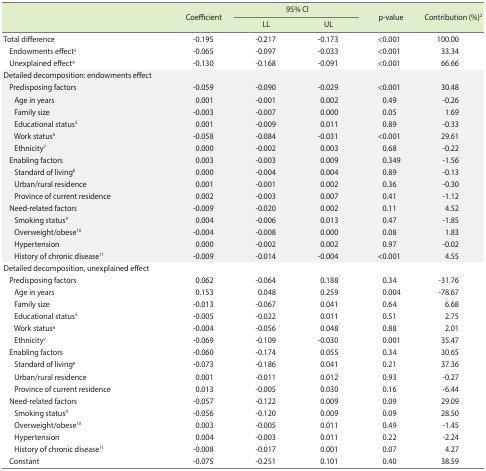
<table><thead><tr><td rowspan="2"></td><td rowspan="2"><b>Coefficient</b></td><td colspan="2"><b>95% CI</b></td><td rowspan="2"><b>p-value</b></td><td rowspan="2"><b>Contribution (%)<sup>2</sup></b></td></tr><tr><td><b>LL</b></td><td><b>UL</b></td></tr></thead><tbody><tr><td>Total difference</td><td>-0.195</td><td>-0.217</td><td>-0.173</td><td>&lt;0.001</td><td>100.00</td></tr><tr><td> Endowments effect<sup>3</sup></td><td>-0.065</td><td>-0.097</td><td>-0.033</td><td>&lt;0.001</td><td>33.34</td></tr><tr><td> Unexplained effect<sup>4</sup></td><td>-0.130</td><td>-0.168</td><td>-0.091</td><td>&lt;0.001</td><td>66.66</td></tr><tr><td>Detailed decomposition: endowments effect</td><td></td><td></td><td></td><td></td><td></td></tr><tr><td> Predisposing factors</td><td>-0.059</td><td>-0.090</td><td>-0.029</td><td>&lt;0.001</td><td>30.48</td></tr><tr><td>Age in years</td><td>0.001</td><td>-0.001</td><td>0.002</td><td>0.49</td><td>-0.26</td></tr><tr><td>Family size</td><td>-0.003</td><td>-0.007</td><td>0.000</td><td>0.05</td><td>1.69</td></tr><tr><td>Educational status<sup>5</sup></td><td>0.001</td><td>-0.009</td><td>0.011</td><td>0.89</td><td>-0.33</td></tr><tr><td>Work status<sup>6</sup></td><td>-0.058</td><td>-0.084</td><td>-0.031</td><td>&lt;0.001</td><td>29.61</td></tr><tr><td>Ethnicity<sup>7</sup></td><td>0.000</td><td>-0.002</td><td>0.003</td><td>0.68</td><td>-0.22</td></tr><tr><td> Enabling factors</td><td>0.003</td><td>-0.003</td><td>0.009</td><td>0.349</td><td>-1.56</td></tr><tr><td>Standard of living<sup>8</sup></td><td>0.000</td><td>-0.004</td><td>0.004</td><td>0.89</td><td>-0.13</td></tr><tr><td>Urban/rural residence</td><td>0.001</td><td>-0.001</td><td>0.002</td><td>0.36</td><td>-0.30</td></tr><tr><td>Province of current residence</td><td>0.002</td><td>-0.003</td><td>0.007</td><td>0.41</td><td>-1.12</td></tr><tr><td> Need-related factors</td><td>-0.009</td><td>-0.020</td><td>0.002</td><td>0.11</td><td>4.52</td></tr><tr><td>Smoking status<sup>9</sup></td><td>0.004</td><td>-0.006</td><td>0.013</td><td>0.47</td><td>-1.85</td></tr><tr><td>Overweight/obese<sup>10</sup></td><td>-0.004</td><td>-0.008</td><td>0.000</td><td>0.08</td><td>1.83</td></tr><tr><td>Hypertension</td><td>0.000</td><td>-0.002</td><td>0.002</td><td>0.97</td><td>-0.02</td></tr><tr><td>History of chronic disease<sup>11</sup></td><td>-0.009</td><td>-0.014</td><td>-0.004</td><td>&lt;0.001</td><td>4.55</td></tr><tr><td>Detailed decomposition, unexplained effect</td><td></td><td></td><td></td><td></td><td></td></tr><tr><td> Predisposing factors</td><td>0.062</td><td>-0.064</td><td>0.188</td><td>0.34</td><td>-31.76</td></tr><tr><td>Age in years</td><td>0.153</td><td>0.048</td><td>0.259</td><td>0.004</td><td>-78.67</td></tr><tr><td>Family size</td><td>-0.013</td><td>-0.067</td><td>0.041</td><td>0.64</td><td>6.68</td></tr><tr><td>Educational status<sup>5</sup></td><td>-0.005</td><td>-0.022</td><td>0.011</td><td>0.51</td><td>2.75</td></tr><tr><td>Work status<sup>6</sup></td><td>-0.004</td><td>-0.056</td><td>0.048</td><td>0.88</td><td>2.01</td></tr><tr><td>Ethnicity<sup>7</sup></td><td>-0.069</td><td>-0.109</td><td>-0.030</td><td>0.001</td><td>35.47</td></tr><tr><td> Enabling factors</td><td>-0.060</td><td>-0.174</td><td>0.055</td><td>0.34</td><td>30.65</td></tr><tr><td>Standard of living<sup>8</sup></td><td>-0.073</td><td>-0.186</td><td>0.041</td><td>0.21</td><td>37.36</td></tr><tr><td>Urban/rural residence</td><td>0.001</td><td>-0.011</td><td>0.012</td><td>0.93</td><td>-0.27</td></tr><tr><td>Province of current residence</td><td>0.013</td><td>-0.005</td><td>0.030</td><td>0.16</td><td>-6.44</td></tr><tr><td> Need-related factors</td><td>-0.057</td><td>-0.122</td><td>0.009</td><td>0.09</td><td>29.09</td></tr><tr><td>Smoking status<sup>9</sup></td><td>-0.056</td><td>-0.120</td><td>0.009</td><td>0.09</td><td>28.50</td></tr><tr><td>Overweight/obese<sup>10</sup></td><td>0.003</td><td>-0.005</td><td>0.011</td><td>0.49</td><td>-1.45</td></tr><tr><td>Hypertension</td><td>0.004</td><td>-0.003</td><td>0.011</td><td>0.22</td><td>-2.24</td></tr><tr><td>History of chronic disease<sup>11</sup></td><td>-0.008</td><td>-0.017</td><td>0.001</td><td>0.07</td><td>4.27</td></tr><tr><td> Constant</td><td>-0.075</td><td>-0.251</td><td>0.101</td><td>0.40</td><td>38.59</td></tr></tbody></table>